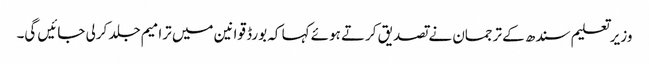
وزیرتعلیم سندھ کے ترجمان نے تصدیق کرتے ہوئے کہا کہ بورڈ قوانین میں ترامیم جلد کرلی جائیں گی۔